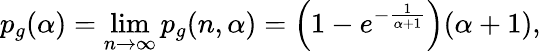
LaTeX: p_{g}(\alpha)=\operatorname*{lim}_{n\to\infty}p_{g}(n,\alpha)=\left(1-e^{-\frac{1}{\alpha+1}}\right)(\alpha+1),